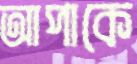
আপাকে